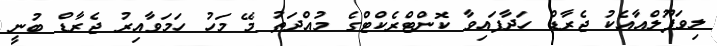
ލިވަޕޫލްއާއެކު ޖެރާޑް ހަދާފައިވާ ކޮންޓްރެކްޓްގެ މުއްދަތު މޭ މަހު ހަމަވާއިރު ޖެރާޑް ބުނީ